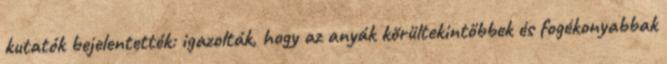
kutatók bejelentették: igazolták, hogy az anyák körültekintőbbek és fogékonyabbak